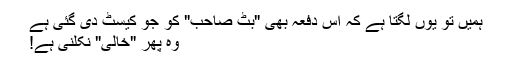
ہمیں تو یوں لگتا ہے کہ اس دفعہ بھی "بٹ صاحب" کو جو کیسٹ دی گئی ہے
وہ پھر "خالی" نکلنی ہے!